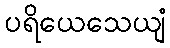
ပရိယေသေယျံ